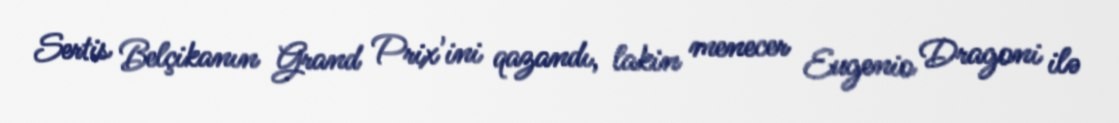
Sertis Belçikanın Grand Prix'ini qazandı, lakin menecer Eugenio Dragoni ilə